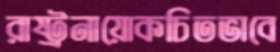
রাষ্ট্রনায়োকচিতভাবে